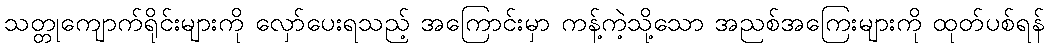
သတ္တုကျောက်ရိုင်းများကို လှော်ပေးရသည့် အကြောင်းမှာ ကန့်ကဲ့သို့သော အညစ်အကြေးများကို ထုတ်ပစ်ရန်